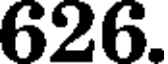
626.